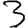
Digit: 3